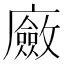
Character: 𢋻